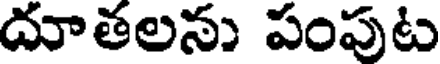
దూతలను పంపుట